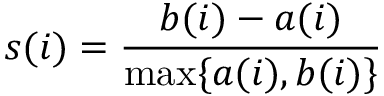
s ( i ) = \frac { b ( i ) - a ( i ) } { \operatorname* { m a x } \{ a ( i ) , b ( i ) \} }